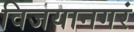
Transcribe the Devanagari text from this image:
विजयानगरं